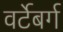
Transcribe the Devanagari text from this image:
वर्टेबर्ग